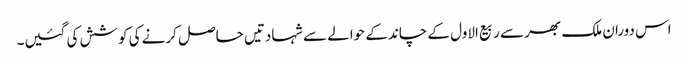
اس دوران ملک بھر سے ربیع الاول کے چاند کے حوالے سے شہادتیں حاصل کرنے کی کوشش کی گئیں۔